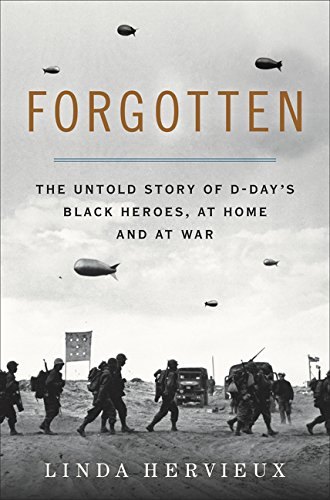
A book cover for Forgotten: The Untold Story of D-Day's Black Heroes, at Home and at War; Linda Hervieux; History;